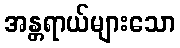
အန္တရာယ်များသော